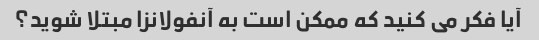
آیا فکر می کنید که ممکن است به آنفولانزا مبتلا شوید؟